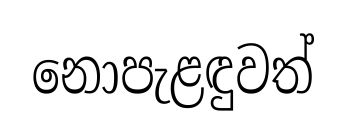
නොපැළඳුවත්